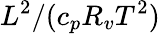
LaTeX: L^{2}/(c_{p}R_{v}T^{2})